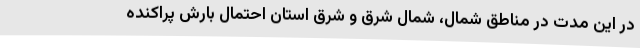
در این مدت در مناطق شمال، شمال شرق و شرق استان احتمال بارش پراکنده